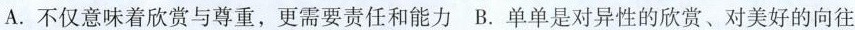
A.不仅意味着欣赏与尊重，更需要责任和能力 B.单单是对异性的欣赏、对美好的向往